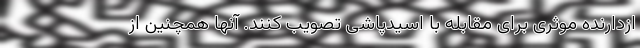
ازدارنده موثری برای مقابله با اسیدپاشی تصویب کنند. آنها همچنین از